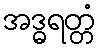
အဒ္ဓရတ္တံ